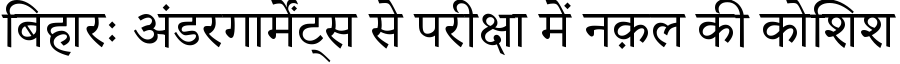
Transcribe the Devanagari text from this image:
बिहारः अंडरगार्मेंट्स से परीक्षा में नक़ल की कोशिश